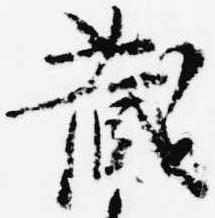
蔵